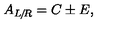
A _ { L \! / \! R } = C \pm E ,